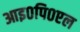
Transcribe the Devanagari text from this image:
आइ०पि०एल